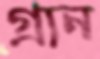
গ্রান